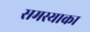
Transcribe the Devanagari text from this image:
समस्याका